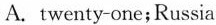
A.twenty-one;Russia